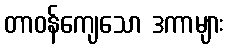
တာဝန်ကျေသော ဒကာများ